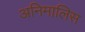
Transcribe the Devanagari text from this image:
अनिमालिस